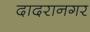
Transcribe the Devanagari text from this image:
दादरानगर